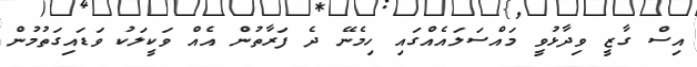
އިސް ގާޒީ ވިދާޅުވީ މައްސަލައެއްގައި ހިމެނޭ ދެ ފަރާތުން އެއް ވަކީލަކު ވަޑައިގަތުމުން